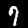
Digit: 7